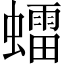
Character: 𧒽